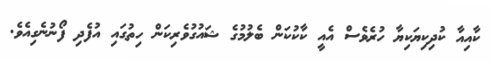
ކާއިއާ ކުދިކިޔަކިޔާ ހުރެވެސް އެއީ ކާކުކަން ބެލުމުގެ ޝައުގުވެރިކަން ހިތުގައި އުފެދި ފޯނުނެގިއެވެ.